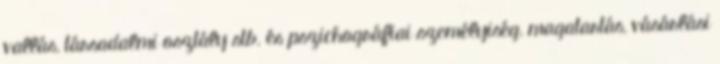
vallás, társadalmi osztály stb. és pszichográfiai személyiség, magatartás, vásárlási